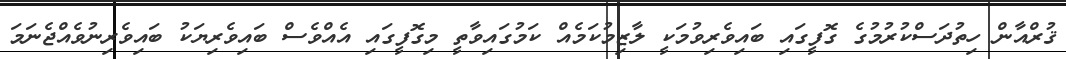
ޤުރްއާން ހިތުދަސްކުރުމުގެ ގޮފީގައި ބައިވެރިވުމަކީ ލާޒިމުކަމެއް ކަމުގައިވާތީ މިގޮފީގައި އެއްވެސް ބައިވެރިޔަކު ބައިވެރިނުވެއްޖެނަމަ